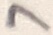
Text: 7